Report on the metropolitan horse fairs and district horse shows of 1892-93 - 1892-1893
Year: 1892
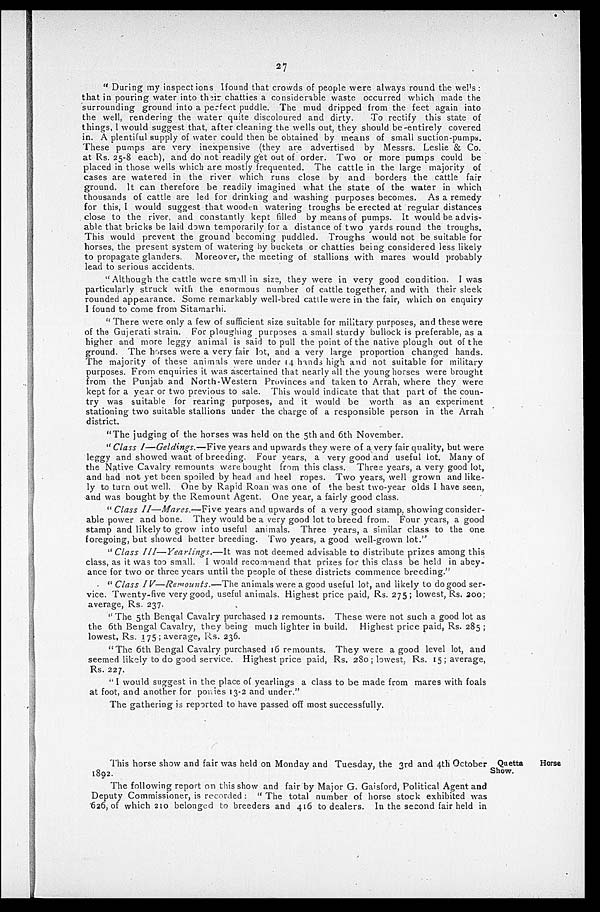
27
" During my inspections I found that crowds of people were always round the wells:
that in pouring water into their chatties a considerable waste occurred which made the
surrounding ground into a perfect puddle. The mud dripped from the feet again into
the well, rendering the water quite discoloured and dirty.
To rectify this state of
things, I would suggest that, after cleaning the wells out, they should be-entirely covered
in. A plentiful supply of water could then be obtained by means of small suction-pumps.
These pumps are very inexpensive (they are advertised by Messrs. Leslie & Co.
at Rs. 25-8 each), and do not readily get out of order. Two or more pumps could be
placed in those wells which are mostly frequented. The cattle in the large majority of
cases are watered in the river which runs close by and borders the cattle fair
ground. It can therefore be readily imagined what the state of the water in which
thousands of cattle are led for drinking and washing purposes becomes. As a remedy
for this, I would suggest that wooden watering troughs be erected at regular distances
close to the river, and constantly kept filled by means of pumps. It would be advis-
able that bricks be laid down temporarily for a distance of two yards round the troughs.
This would prevent the ground becoming puddled. Troughs would not be suitable for
horses, the present system of watering by buckets or chatties being considered less likely
to propagate glanders. Moreover, the meeting of stallions with mares would probably
lead to serious accidents.
"Although the cattle were small in size, they were in very good condition. I was
particularly struck with the enormous number of cattle together, and with their sleek
rounded appearance. Some remarkably well-bred cattle were in the fair, which on enquiry
I found to come from Sitamarhi.
"There were only a few of sufficient size suitable for military purposes, and these were
of the Gujerati strain. For ploughing purposes a small sturdy bullock is preferable, as a
higher and more leggy animal is said to pull the point of the native plough out of the
ground. The horses were a very fair lot, and a very large proportion changed hands.
The majority of these animals were under 14 hands high and not suitable for military
purposes. From enquiries it was ascertained that nearly all the young horses were brought
from the Punjab and North-Western Provinces and taken to Arrah, where they were
kept for a year or two previous to sale. This would indicate that that part of the coun-
try was suitable for rearing purposes, and it would be worth as an experiment
stationing two suitable stallions under the charge of a responsible person in the Arrah
district.
"The judging of the horses was held on the 5th and 6th November.
"Class I—Geldings.—Five years and upwards they were of a very fair quality, but were
leggy and showed want of breeding. Four years, a very good and useful lot. Many of
the Native Cavalry remounts were bought from this class. Three years, a very good lot,
and had not yet been spoiled by head and heel ropes. Two years, well grown and like-
ly to turn out well. One by Rapid Roan was one of the best two-year olds I have seen,
and was bought by the Remount Agent. One year, a fairly good class.
"Class II—Mares.—Five years and upwards of a very good stamp, showing consider-
able power and bone. They would be a very good lot to breed from. Four years, a good
stamp and likely to grow into useful animals. Three years, a similar class to the one
foregoing, but showed better breeding. Two years, a good well-grown lot."
"Class III—Yearlings.—It
was not deemed advisable to distribute prizes among this
class, as it was too small. I would recommend that prizes for this class be held in abey-
ance for two or three years until the people of these districts commence breeding."
"Class IV—Remounts.—The
animals were a good useful lot, and likely to do good ser-
vice. Twenty-five very good, useful animals. Highest price paid, Rs. 275; lowest, Rs. 200;
average, Rs. 237.
"The 5th Bengal Cavalry purchased 12 remounts. These were not such a good lot as
the 6th Bengal Cavalry, they being much lighter in build. Highest price paid, Rs. 285;
lowest, Rs. 175; average, Rs. 236.
"The 6th Bengal Cavalry purchased 16 remounts. They were a good level lot, and
seemed likely to do good service. Highest price paid, Rs. 280; lowest. Rs. 15; average,
Rs. 227.
"I would suggest in the place of yearlings a class to be made from mares with foals
at foot, and another for ponies 13-2 and under."
The gathering is reported to have passed off most successfully.
Quetta
Horse
Show.
This horse show and fair was held on Monday and Tuesday, the 3rd and 4th October
1892.
The following report on this show and fair by Major G. Gaisford, Political Agent and
Deputy Commissioner, is recorded: "The total number of horse stock exhibited was
626, of which 210 belonged to breeders and 416 to dealers. In the second fair held in